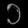
Digit: ၁